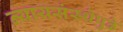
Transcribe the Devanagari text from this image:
न्यायसंस्थेपुढे